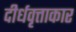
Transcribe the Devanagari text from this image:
दीर्धवृत्ताकार